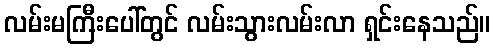
လမ်းမကြီးပေါ်တွင် လမ်းသွားလမ်းလာ ရှင်းနေသည်။